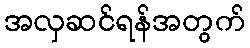
အလှဆင်ရန်အတွက်